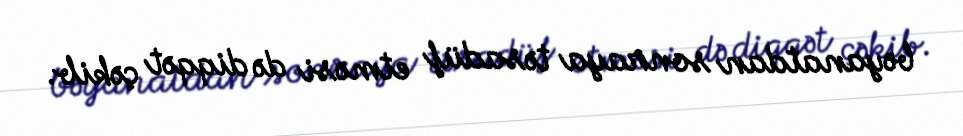
bəyanatdan sonraya təsadüf etməsi də diqqət çəkib.